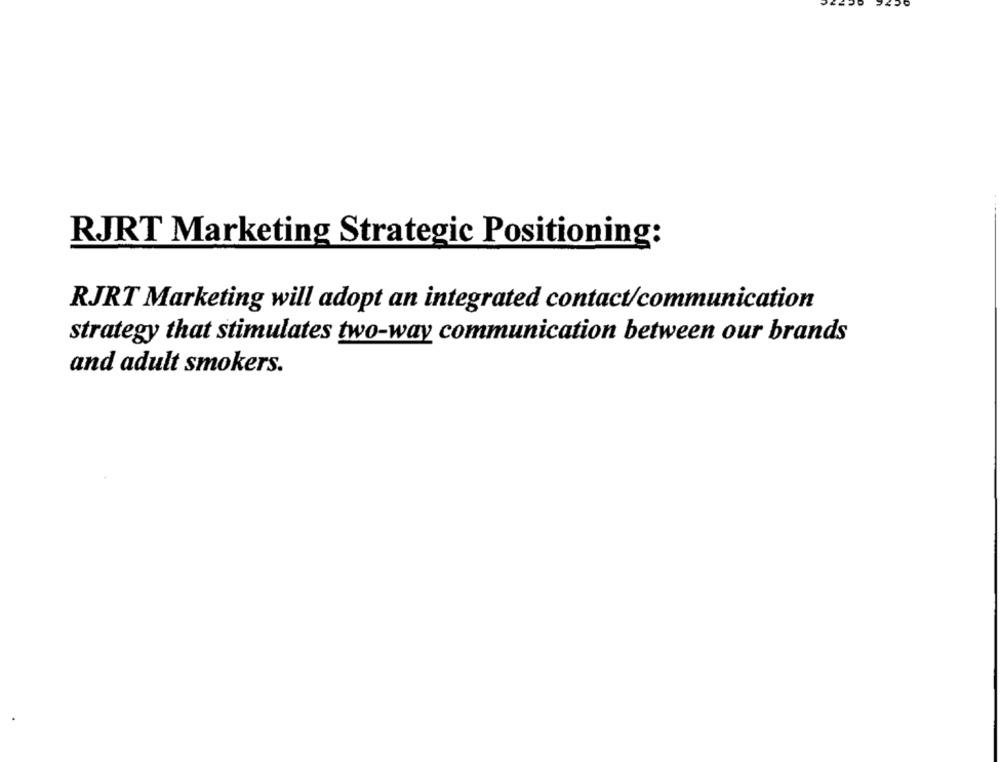
RJRT Marketing Strategic Positioning:
RJRT Marketing will adopt an integrated contact/communication
strategy that stimulates two-way communication between our brands
and adult smokers.